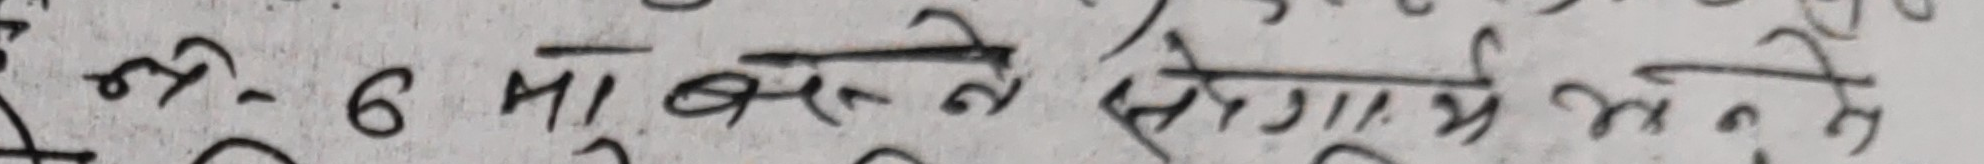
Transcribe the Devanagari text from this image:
ओर - 6 मा बस्ने सिफारिस गरेको